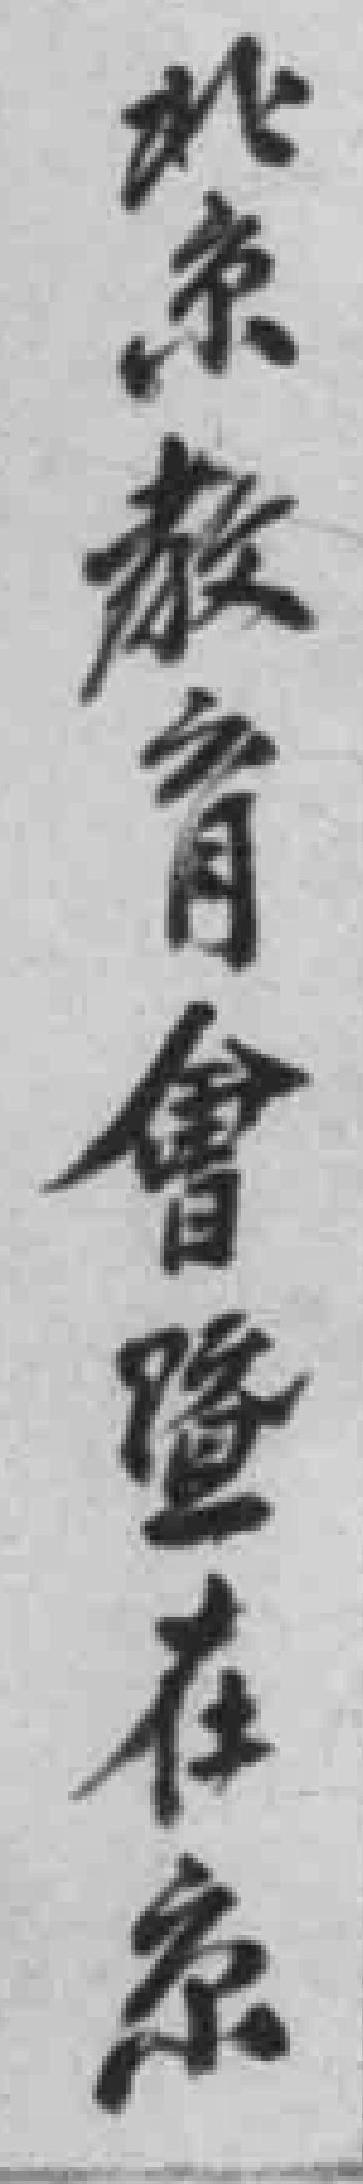
北京教育會暨在京